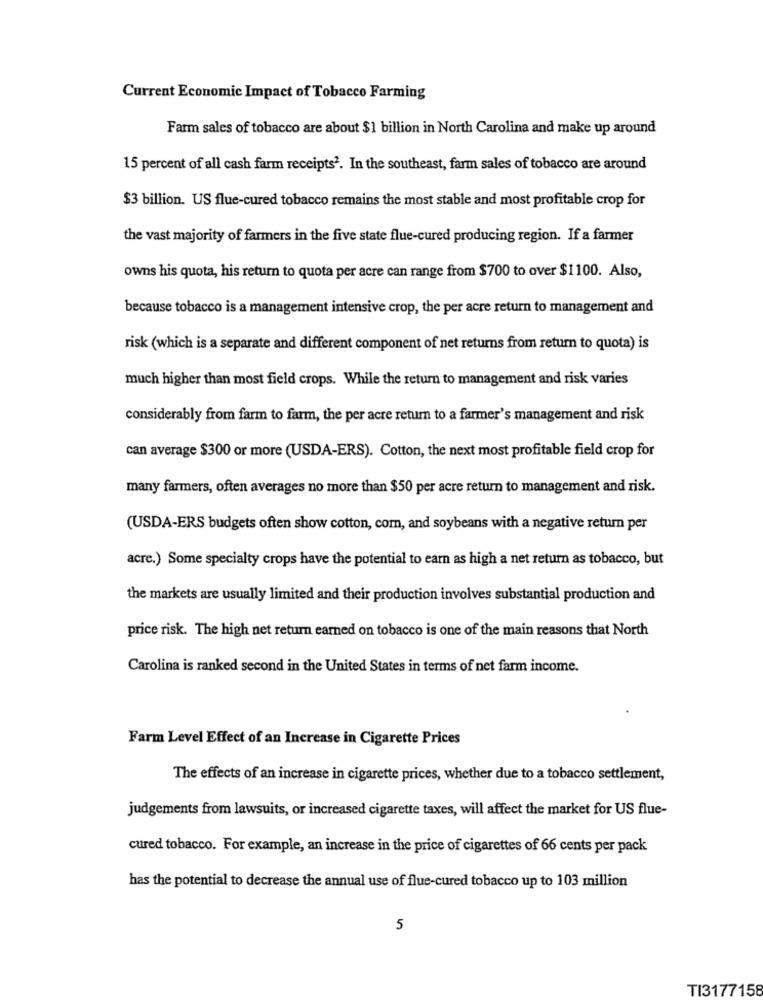
Current Economic Impact of Tobacco Farming
Farm sales of tobacco are about $1 billion in North Carolina and make up around
15 percent of all cash farm receipts ?. In the southeast, farm sales of tobacco are around
$3 billion. US flue-cured tobacco remains the most stable and most profitable crop for
the vast majority of farmers in the five state flue-cured producing region. If a farmer
owns his quota, his return to quota per acre can range from $700 to over $1100. Also,
because tobacco is a management intensive crop, the per acre return to management and
risk (which is a separate and different component of net returns from return to quota) is
much higher than most field crops. While the return to management and risk varies
considerably from farm to farm, the per acre return to a farmer's management and risk
can average $300 or more (USDA-ERS). Cotton, the next most profitable field crop for
many farmers, often averages no more than $50 per acre return to management and risk.
(USDA-ERS budgets often show cotton, com, and soybeans with a negative return per
acre.) Some specialty crops have the potential to earn as high a net return as tobacco, but
the markets are usually limited and their production involves substantial production and
price risk. The high net return earned on tobacco is one of the main reasons that North
Carolina is ranked second in the United States in terms of net farm income.
Farm Level Effect of an Increase in Cigarette Prices
The effects of an increase in cigarette prices, whether due to a tobacco settlement,
judgements from lawsuits, or increased cigarette taxes, will affect the market for US flue-
cured tobacco. For example, an increase in the price of cigarettes of 66 cents per pack
has the potential to decrease the annual use of flue-cured tobacco up to 103 million
5
TI3177158